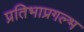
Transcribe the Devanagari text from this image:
प्रतिभाप्रगल्भ